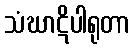
သံဃာဋိပါရုတာ